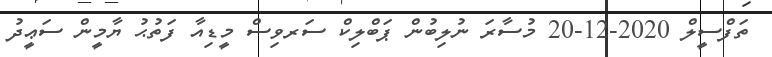
ތަފްސީލް 2020-12-20 މުސާރަ ނުލިބުން ޕަބްލިކް ސަރވިސް މީޑިއާ ފަތުޙު ޔާމީން ސަޢީދު